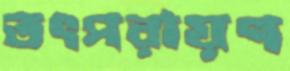
তৎপরায়ণ